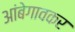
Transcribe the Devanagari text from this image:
आंबेगावकर